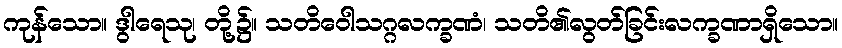
ကုန်သော။ ဒွါရေသု၊ တို့၌။ သတိဝေါသဂ္ဂလက္ခဏံ၊ သတိ၏လွတ်ခြင်းလက္ခဏာရှိသော။